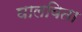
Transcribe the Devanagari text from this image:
घालविता